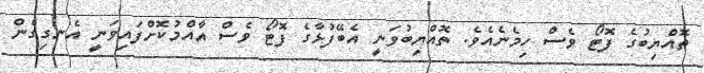
ތޮއްޔިބުގެ ފޮޓޯ ވެސް ހިމެނެއެވެ. ތޮއްޔިބުވަނީ އެބޭފުޅާގެ ފޮޓޯ ވެސް އާއްމުކޮށްފައިވަނީ އެނގިގެން